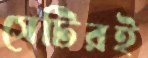
সেটিরই